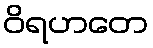
ဝိရဟတေ